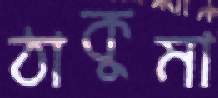
ঠাকুমা